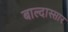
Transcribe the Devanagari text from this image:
बाल्दास्सार